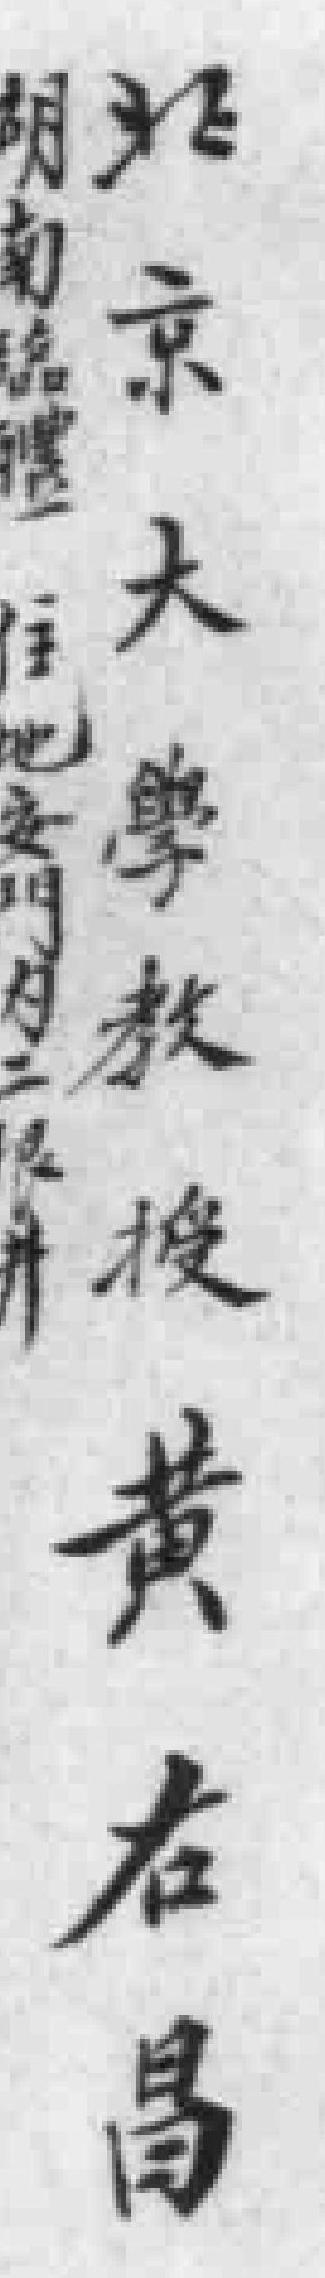
京大學教後黄右昌